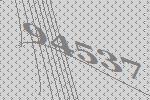
94537